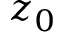
z _ { 0 }